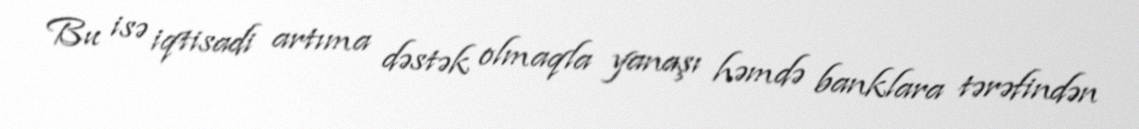
Bu isə iqtisadi artıma dəstək olmaqla yanaşı həmdə banklara tərəfindən